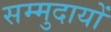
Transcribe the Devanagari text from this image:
सम्मुदायों